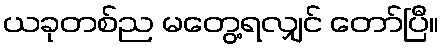
ယခုတစ်ည မတွေ့ရလျှင် တော်ပြီ။